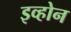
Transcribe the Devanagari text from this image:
इव्होन